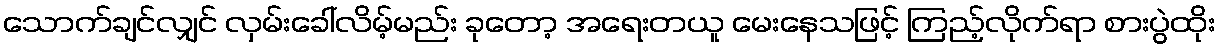
သောက်ချင်လျှင် လှမ်းခေါ်လိမ့်မည်း ခုတော့ အရေးတယူ မေးနေသဖြင့် ကြည့်လိုက်ရာ စားပွဲထိုး